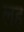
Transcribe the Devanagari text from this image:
लह